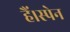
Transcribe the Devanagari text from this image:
हैं।स्पेन